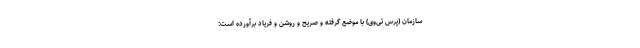
سازمان (پرس تی‌وی) با موضع گرفته و صریح و روشن و فریاد برآورده است: